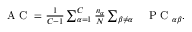
\begin{array} { r l } { \mathrm { ~ A ~ C ~ } = \frac { 1 } { C - 1 } \sum _ { \alpha = 1 } ^ { C } \frac { n _ { \alpha } } { N } \sum _ { \beta \neq \alpha } } & { { } \mathrm { ~ P ~ C ~ } _ { \alpha \beta } . } \end{array}